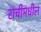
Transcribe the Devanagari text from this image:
रांचीमधील